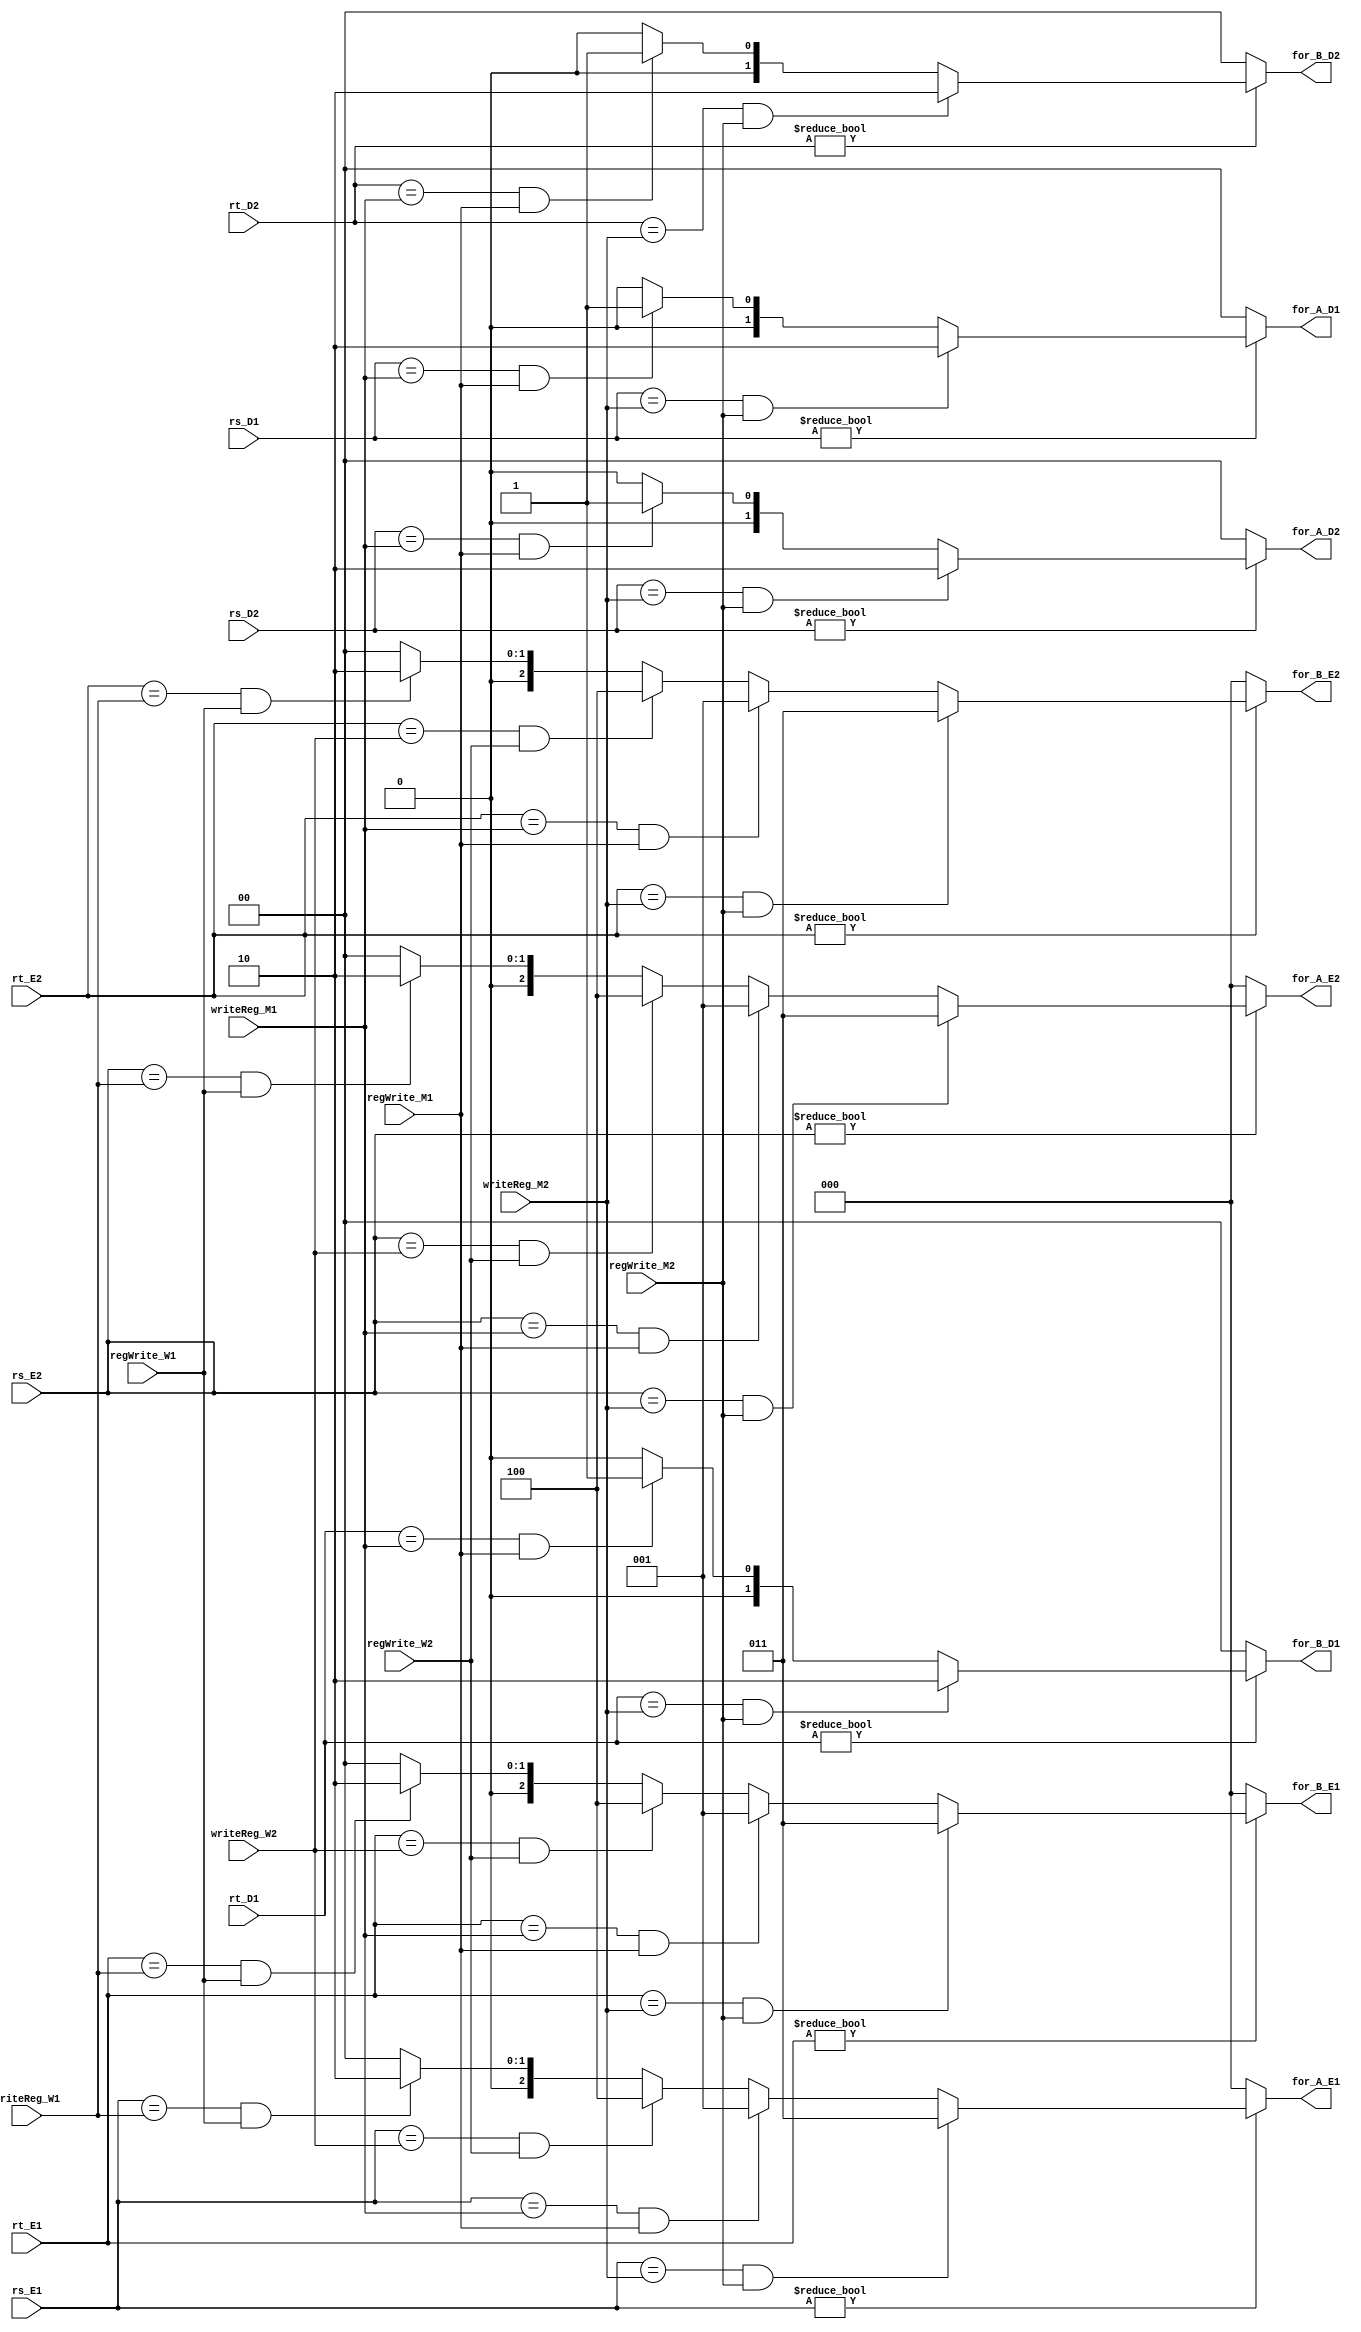
module forwardUnit (

    input [4:0] rs_D1, rt_D1, rs_D2, rt_D2, 
    input [4:0] rs_E1, rt_E1, rs_E2, rt_E2,
    
    input regWrite_M1, regWrite_M2, 
    input [4:0] writeReg_M1, writeReg_M2,
    
    input regWrite_W1, regWrite_W2, 
    input [4:0] writeReg_W1, writeReg_W2,
    
    output reg [1:0] for_A_D1, for_B_D1, for_A_D2, for_B_D2,
    output reg [2:0] for_A_E1, for_B_E1, for_A_E2, for_B_E2 

);

always @(*) begin
    
    //forward to decode stage
    if(rs_D1 != 0) begin //outM1, outM2,
      if     (rs_D1 == writeReg_M2 & regWrite_M2) for_A_D1 = 2'd2;
      else if(rs_D1 == writeReg_M1 & regWrite_M1) for_A_D1 = 2'd1;
      else for_A_D1 = 2'd0;
    end
    else for_A_D1 = 2'd0;

    if(rt_D1 != 0) begin
      if     (rt_D1 == writeReg_M2 & regWrite_M2) for_B_D1 = 2'd2;
      else if(rt_D1 == writeReg_M1 & regWrite_M1) for_B_D1 = 2'd1;
      else for_B_D1 = 2'd0;
    end
    else for_B_D1 = 2'd0; 

    if(rs_D2 != 0) begin //outM1, outM2,
      if     (rs_D2 == writeReg_M2 & regWrite_M2) for_A_D2 = 2'd2;
      else if(rs_D2 == writeReg_M1 & regWrite_M1) for_A_D2 = 2'd1;
      else for_A_D2 = 2'd0;
    end
    else for_A_D2 = 2'd0;

    if(rt_D2 != 0) begin
      if     (rt_D2 == writeReg_M2 & regWrite_M2) for_B_D2 = 2'd2;
      else if(rt_D2 == writeReg_M1 & regWrite_M1) for_B_D2 = 2'd1;
      else for_B_D2 = 2'd0;
    end 
    else for_B_D2 = 2'd0;

    //forward to execution stage
    if(rs_E1 != 0) begin //outM1, resultW1, outM2, resultW2,
      if     (rs_E1 == writeReg_M2 & regWrite_M2) for_A_E1 = 3'd3;
      else if(rs_E1 == writeReg_M1 & regWrite_M1) for_A_E1 = 3'd1;
      else if(rs_E1 == writeReg_W2 & regWrite_W2) for_A_E1 = 3'd4;
      else if(rs_E1 == writeReg_W1 & regWrite_W1) for_A_E1 = 3'd2;
      else for_A_E1 = 3'd0;
    end
    else for_A_E1 = 2'd0;

    if(rt_E1 != 0) begin
      if     (rt_E1 == writeReg_M2 & regWrite_M2) for_B_E1 = 3'd3;
      else if(rt_E1 == writeReg_M1 & regWrite_M1) for_B_E1 = 3'd1;
      else if(rt_E1 == writeReg_W2 & regWrite_W2) for_B_E1 = 3'd4;
      else if(rt_E1 == writeReg_W1 & regWrite_W1) for_B_E1 = 3'd2;
      else for_B_E1 = 3'd0;
    end
    else for_B_E1 = 3'd0;

    if(rs_E2 != 0) begin //outM1, resultW1, outM2, resultW2,
      if     (rs_E2 == writeReg_M2 & regWrite_M2) for_A_E2 = 3'd3;
      else if(rs_E2 == writeReg_M1 & regWrite_M1) for_A_E2 = 3'd1;
      else if(rs_E2 == writeReg_W2 & regWrite_W2) for_A_E2 = 3'd4;
      else if(rs_E2 == writeReg_W1 & regWrite_W1) for_A_E2 = 3'd2;
      else for_A_E2 = 3'd0;
    end
    else for_A_E2 = 3'd0;

    if(rt_E2 != 0) begin
      if     (rt_E2 == writeReg_M2 & regWrite_M2) for_B_E2 = 3'd3;
      else if(rt_E2 == writeReg_M1 & regWrite_M1) for_B_E2 = 3'd1;
      else if(rt_E2 == writeReg_W2 & regWrite_W2) for_B_E2 = 3'd4;
      else if(rt_E2 == writeReg_W1 & regWrite_W1) for_B_E2 = 3'd2;
      else for_B_E2 = 3'd0;
    end
    else for_B_E2 = 3'd0;
    
  end

endmodule